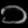
Digit: ၁